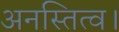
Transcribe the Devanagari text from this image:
अनस्तित्व।